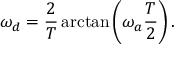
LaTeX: \omega _ { d } = { \frac { 2 } { T } } \arctan \left( \omega _ { a } { \frac { T } { 2 } } \right) .